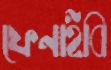
ফেনাইবি